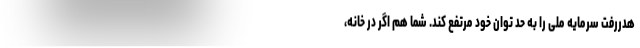
هدررفت سرمایه ملی را به حد توان خود مرتفع کند. شما هم اگر در خانه،